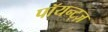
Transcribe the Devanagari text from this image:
पॉयन्ट्ज़